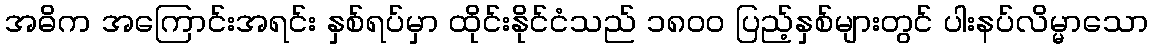
အဓိက အကြောင်းအရင်း နှစ်ရပ်မှာ ထိုင်းနိုင်ငံသည် ၁၈၀၀ ပြည့်နှစ်များတွင် ပါးနပ်လိမ္မာသော